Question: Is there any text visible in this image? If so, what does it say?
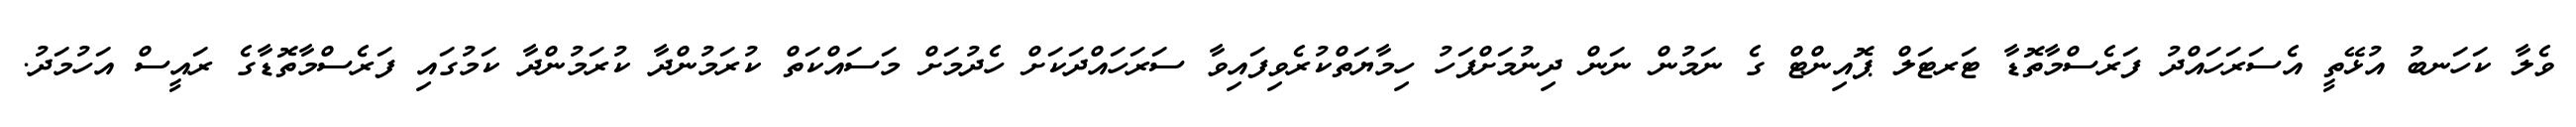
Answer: ވެލާ ކަހަނބު އުޅޭތީ އެސަރަހައްދު ފަރެސްމާތޮޑާ ޓަރޓަލް ޕޮއިންޓް ގެ ނަމުން ނަން ދިނުމަށްފަހު ހިމާޔަތްކުރެވިފައިވާ ސަރަހައްދަކަށް ހެދުމަށް މަސައްކަތް ކުރަމުންދާ ކުރަމުންދާ ކަމުގައި ފަރެސްމާތޮޑާގެ ރައީސް އަހުމަދު.